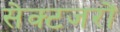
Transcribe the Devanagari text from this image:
सेक्टजरों